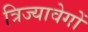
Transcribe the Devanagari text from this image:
त्रिज्यावेगों